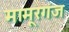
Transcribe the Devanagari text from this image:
मामूरगंज